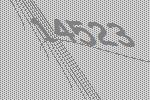
14523